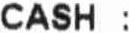
CASH :